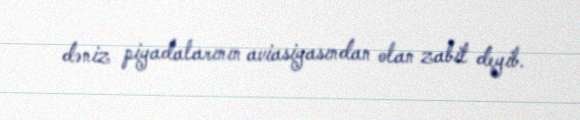
dəniz piyadalarının aviasiyasından olan zabit deyib.